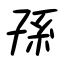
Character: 孫